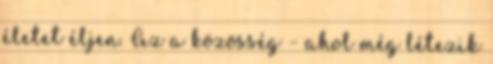
életet éljen. Az a közösség – ahol még létezik